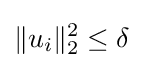
\|u_{i}\|_{2}^{2}\leq \delta